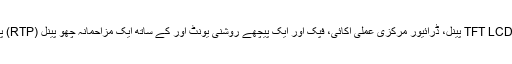
یہ ایک رنگ TFT LCD پینل، ڈرائیور مرکزی عملی اکائی، فپک اور ایک پیچھے روشنی یونٹ اور کے ساتھ ایک مزاحمانہ چھو پینل (RTP) پر مشتمل ہے ۔